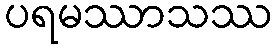
ပရမဿာသဿ